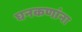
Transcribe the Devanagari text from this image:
घनकणांना